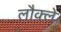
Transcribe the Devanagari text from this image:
लौक्ले